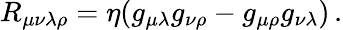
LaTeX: R_{\mu\nu\lambda\rho}=\eta(g_{\mu\lambda}g_{\nu\rho}-g_{\mu\rho}g_{\nu\lambda})\, .